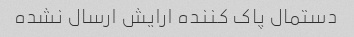
دستمال پاک کننده ارایش ارسال نشده